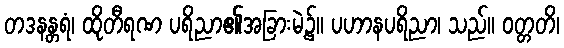
တဒနန္တရံ၊ ထိုတီရဏ ပရိညာ၏အခြားမဲ့၌။ ပဟာနပရိညာ၊ သည်။ ဝတ္တတိ၊